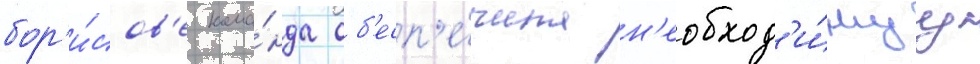
бор'и́сов'е кома́нда об'есп'е́чила н'еобход'и́муу